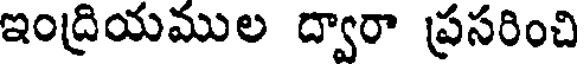
ఇంద్రియముల ద్వారా ప్రసరించి